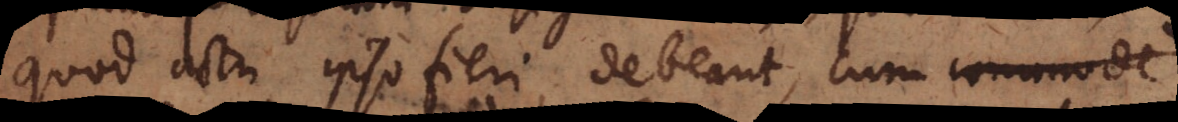
quod actu ipso fieri debeat, cum commode